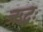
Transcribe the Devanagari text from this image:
ऋद्धः